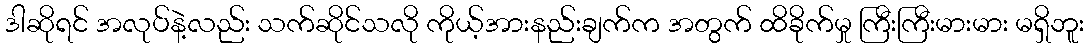
ဒါဆိုရင် အလုပ်နဲ့လည်း သက်ဆိုင်သလို ကိုယ့်အားနည်းချက်က အတွက် ထိခိုက်မှု ကြီးကြီးမားမား မရှိဘူး